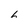
Character: 6